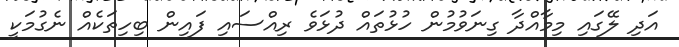
އަދި ލޭގައި މިމާއްދާ ގިނަވުމުން ހުޅުތައް ދުޅަވެ ރިއްސައި ފައިން ބިހިތަކެއް ނެގުމަކީ